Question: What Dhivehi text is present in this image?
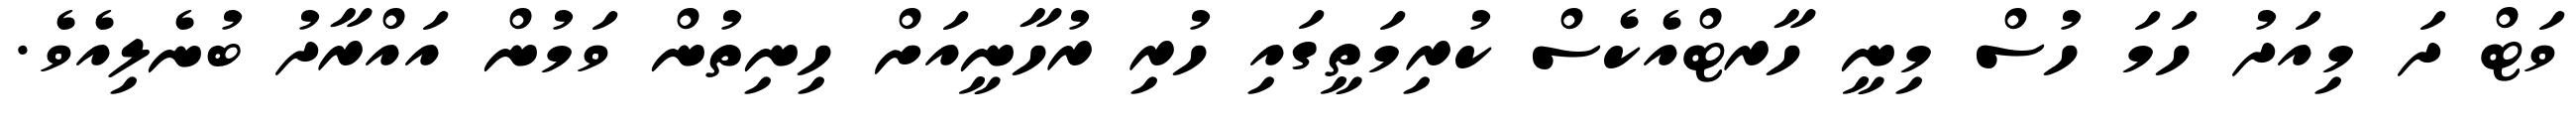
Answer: ވަޓް ދަ މިއަދު ހަމަ ހުސް މިނީ ހާރޓްއެކެސް ކުރިމަތީގައި ހުރި ރުހާނީއަށް ހިނިތުން ވަމުން އައްރާދު ބުނެލިއެވެ.